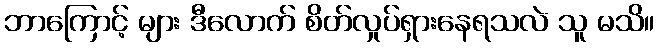
ဘာကြောင့် များ ဒီလောက် စိတ်လှုပ်ရှားနေရသလဲ သူ မသိ။